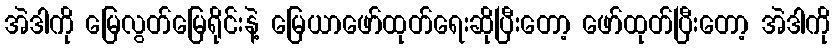
အဲဒါကို မြေလွတ်မြေရိုင်းနဲ့ မြေယာဖော်ထုတ်ရေးဆိုပြီးတော့ ဖော်ထုတ်ပြီးတော့ အဲဒါကို